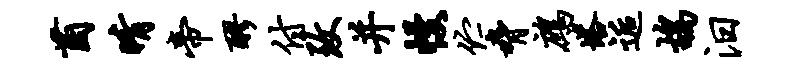
茵晴帝醪付致并幔伫胁鹧塔逅鸪汨